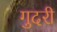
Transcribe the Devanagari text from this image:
गुदरी